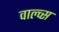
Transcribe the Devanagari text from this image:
वाल्व्स